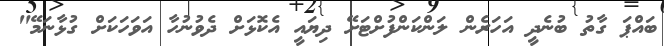
ބައްޕަ ގާތު ބުނެދީ އަހަރެން ލަންކަންފުށްޓަށޭ ދިޔައީ އެކޮޅަށް ދެވުނުހާ އަވަހަކަށް ގުޅާނަމޭ"